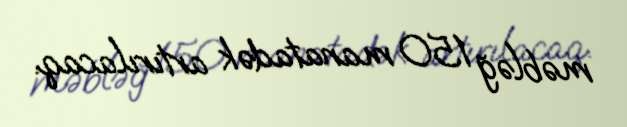
məbləğ 150 manatadək artırılacaq.